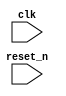
module repeat_loop (
    input wire clk,          // Clock signal
    input wire reset_n      // Active low reset signal
);

    // State variable for demonstration
    reg [7:0] counter;

    // Initialization
    initial begin
        counter = 0; // Initialize counter
    end

    // Always block to represent the infinite loop behavior
    always @(posedge clk or negedge reset_n) begin
        if (!reset_n) begin
            // Reset condition
            counter <= 0; // Reset counter on active low reset
        end else begin
            // Infinite loop execution
            // Example behavior: Increment counter
            counter <= counter + 1;

            // Add any other continuous operation here
            // e.g., monitoring signals, generating outputs, etc.

            // Note: Be cautious with resource usage in this loop
        end
    end

endmodule